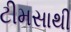
ટીમસાથી